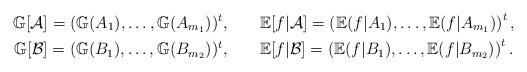
LaTeX: \begin{align*}\mathbb{G}[\mathcal{A}]=(\mathbb{G}(A_{1}),\dots,\mathbb{G}(A_{m_{1}}))^{t},& \qquad\mathbb{E}[f|\mathcal{A}]=\left( \mathbb{E}(f|A_{1}),\dots,\mathbb{E}(f|A_{m_{1}})\right)^{t},\\\mathbb{G}[\mathcal{B}]=(\mathbb{G}(B_{1}),\dots,\mathbb{G}(B_{m_{2}}))^{t},& \qquad\mathbb{E}[f|\mathcal{B}]=\left( \mathbb{E}(f|B_{1}),\dots,\mathbb{E}(f|B_{m_{2}})\right) ^{t}.\end{align*}